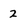
Character: 2